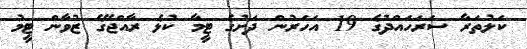
ކަލުތަރާ ސަރަހައްދުގެ 19 އަހަރުން ދަށުގެ ޓީމާ ކުޅެ ރާއްޖޭގެ ޒުވާން ޓީމު